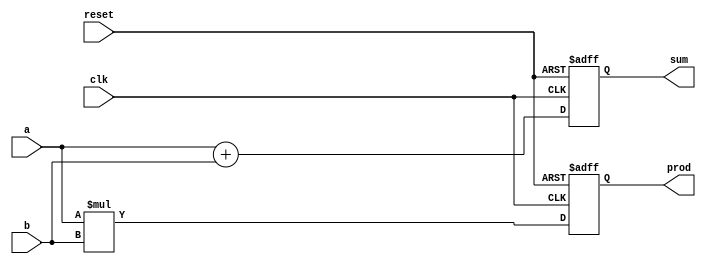
module example_module (
    input wire clk,        // Clock signal for sequential logic
    input wire reset,      // Reset signal
    input wire [3:0] a,    // 4-bit input signal 'a'
    input wire [3:0] b,    // 4-bit input signal 'b'
    output reg [4:0] sum,   // 5-bit output signal for sum
    output reg [4:0] prod    // 5-bit output signal for product
);

// Always block sensitive to clock and reset
always @(posedge clk or posedge reset) begin
    if (reset) begin
        sum <= 0;         // Reset sum to 0
        prod <= 0;        // Reset product to 0
    end else begin
        sum <= a + b;     // Non-blocking assignment for sum
        prod <= a * b;    // Non-blocking assignment for product
    end
end

endmodule